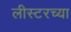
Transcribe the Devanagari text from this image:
लीस्टरच्या